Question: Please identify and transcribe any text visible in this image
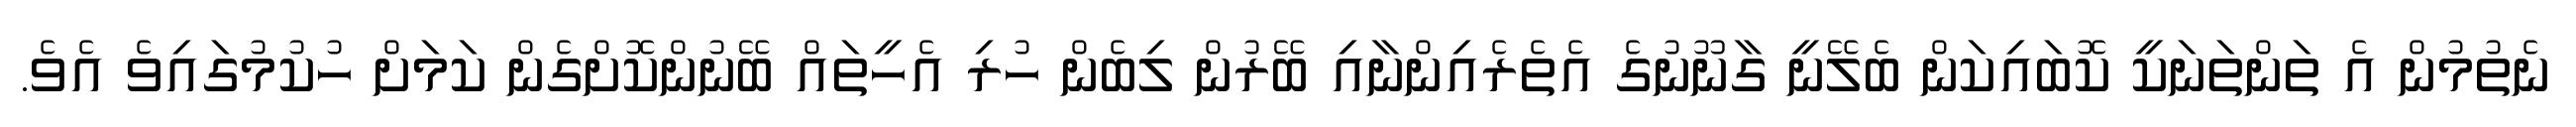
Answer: ނެތުމުން އެ ތަންތަނަކީ ކޮބައިކަން ބެލޭނީ ގާނޫނުގެ އެތެރެއިންނާއި ބޭރުން ލިބެން ހުރި އެހީތައް ބޭނުންކޮށްގެން ކަމަށް ހުކުމުގައިވެ އެވެ.